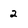
Character: 2